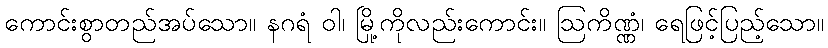
ကောင်းစွာတည်အပ်သော။ နဂရံ ဝါ၊ မြို့ကိုလည်းကောင်း။ ဩကိဏ္ဏံ၊ ရေဖြင့်ပြည့်သော။